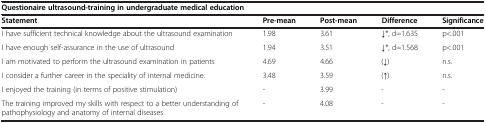
<table><thead><tr><td colspan="5"><b>Questionaire ultrasound-training in undergraduate medical education</b></td></tr><tr><td><b>Statement</b></td><td><b>Pre-mean</b></td><td><b>Post-mean</b></td><td><b>Difference</b></td><td><b>Significance</b></td></tr></thead><tbody><tr><td>I have sufficient technical knowledge about the ultrasound examination</td><td>1.98</td><td>3.61</td><td>↓*, d=1.635</td><td>p&lt;.001</td></tr><tr><td>I have enough self-assurance in the use of ultrasound </td><td>1.94</td><td>3.51</td><td>↓*, d=1.568</td><td>p&lt;.001</td></tr><tr><td>I am motivated to perform the ultrasound examination in patients</td><td>4.69</td><td>4.66</td><td>(↓)</td><td>n.s.</td></tr><tr><td>I consider a further career in the speciality of internal medicine.</td><td>3.48</td><td>3.59</td><td>(↑)</td><td>n.s.</td></tr><tr><td>I enjoyed the training (in terms of positive stimulation)</td><td>-</td><td>3.99</td><td>-</td><td>-</td></tr><tr><td>The training improved my skills with respect to a better understanding of pathophysiology and anatomy of internal diseases</td><td>-</td><td>4.08</td><td>-</td><td>-</td></tr></tbody></table>